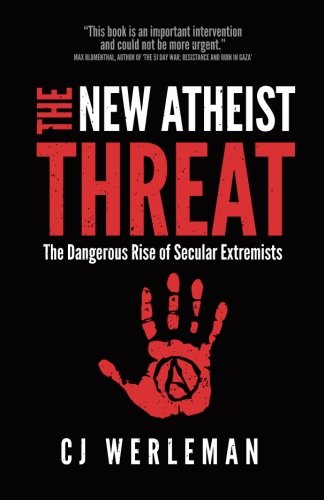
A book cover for The New Atheist Threat: The Dangerous Rise of Secular Extremists; CJ Werleman; Religion & Spirituality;